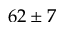
6 2 \pm 7